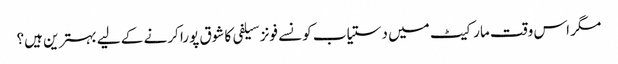
مگر اس وقت مارکیٹ میں دستیاب کونسے فونز سیلفی کا شوق پورا کرنے کے لیے بہترین ہیں؟